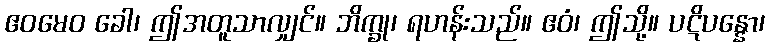
ဧဝမေဝ ခေါ၊ ဤအတူသာလျှင်။ ဘိက္ခု၊ ရဟန်းသည်။ ဧဝံ၊ ဤသို့။ ပဋိပန္နော၊